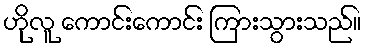
ဟိုလူ ကောင်းကောင်း ကြားသွားသည်။